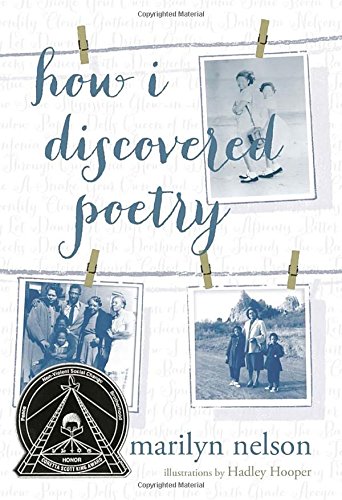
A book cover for How I Discovered Poetry (Ala Notable Children's Books. Older Readers); Marilyn Nelson; Teen & Young Adult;